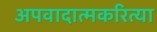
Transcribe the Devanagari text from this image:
अपवादात्मकरित्या